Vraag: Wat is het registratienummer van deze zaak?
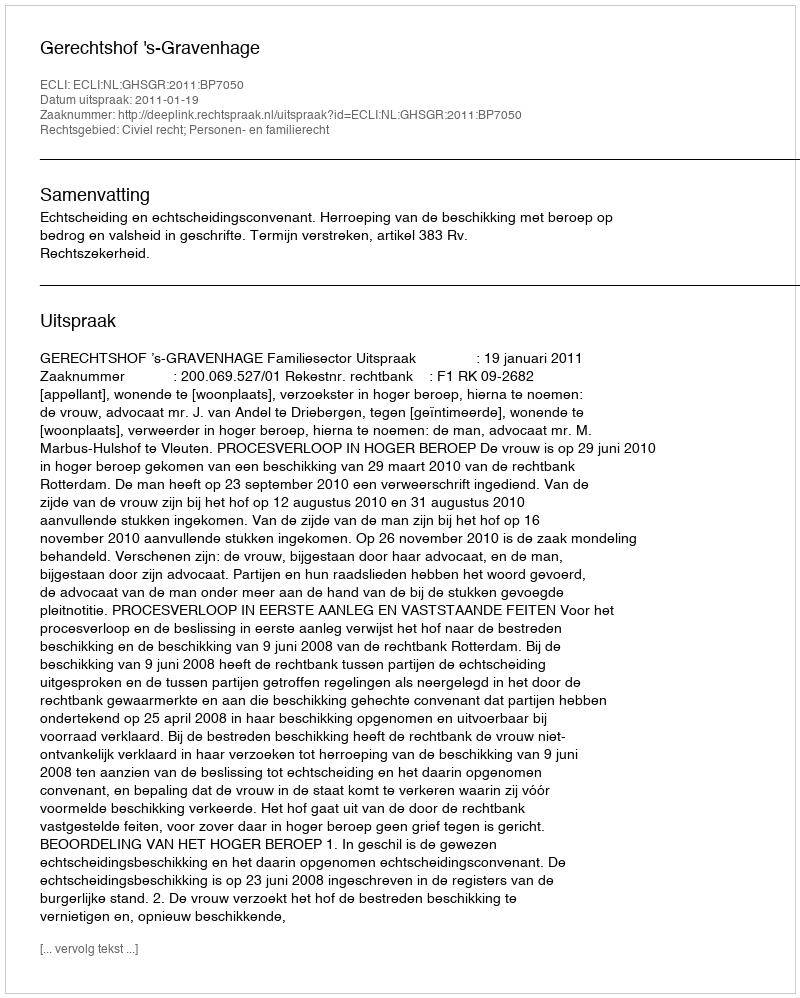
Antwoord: http://deeplink.rechtspraak.nl/uitspraak?id=ECLI:NL:GHSGR:2011:BP7050